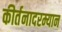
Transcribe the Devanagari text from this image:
कीर्तनादरम्यान